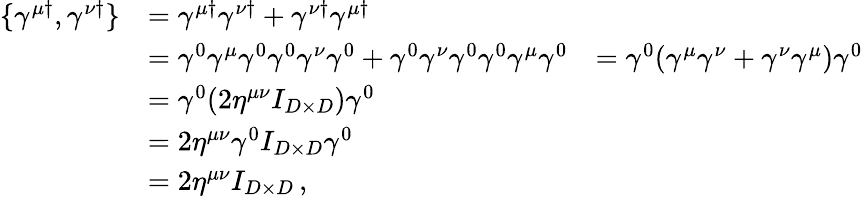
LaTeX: \begin{array}{rlr}{\{ \gamma^{\mu\dagger},\gamma^{\nu\dagger}\} }&{=\gamma^{\mu\dagger}\gamma^{\nu\dagger}+\gamma^{\nu\dagger}\gamma^{\mu\dagger}}\\ &{=\gamma^{0}\gamma^{\mu}\gamma^{0}\gamma^{0}\gamma^{\nu}\gamma^{0}+\gamma^{0}\gamma^{\nu}\gamma^{0}\gamma^{0}\gamma^{\mu}\gamma^{0}}&{=\gamma^{0}(\gamma^{\mu}\gamma^{\nu}+\gamma^{\nu}\gamma^{\mu})\gamma^{0}}\\ &{=\gamma^{0}(2\eta^{\mu\nu}I_{D\times D})\gamma^{0}}\\ &{=2\eta^{\mu\nu}\gamma^{0}I_{D\times D}\gamma^{0}}\\ &{=2\eta^{\mu\nu}I_{D\times D}\, ,}\end{array}